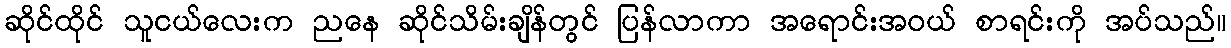
ဆိုင်ထိုင် သူငယ်လေးက ညနေ ဆိုင်သိမ်းချိန်တွင် ပြန်လာကာ အရောင်းအဝယ် စာရင်းကို အပ်သည်။